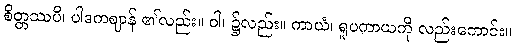
စိတ္တဿပိ၊ ပါဒကဈာန် ၏လည်း။ ဝါ၊ ၌လည်း။ ကာယံ၊ ရူပကာယကို လည်းကောင်း။